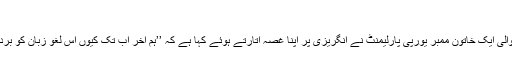
‘‘
اٹلی سے تعلق رکھنے والی ایک خاتون ممبر یورپی پارلیمنٹ نے انگریزی پر اپنا غصہ اتارتے ہوئے کہا ہے کہ ’’ہم آخر اب تک کیوں اس لغو زبان کو برداشت کیے ہوئے تھے !